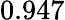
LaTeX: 0.947